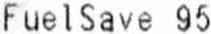
FUELSAVE 95